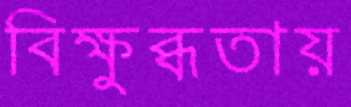
বিক্ষুব্ধতায়